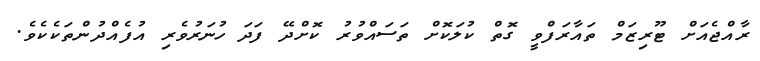
ރާއްޖެއަށް ޓޫރިޒަމް ތައާރަފްވީ ގޮތް ކުލަކޮށް ތަސައްވުރު ކޮށްދޭ ފަދަ ހުނަރުވެރި އުފެއްދުންތަކެކެވެ.